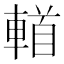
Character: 𨍣